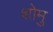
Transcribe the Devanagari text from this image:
शोमु